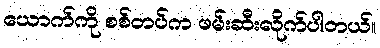
ယောက်ကို စစ်တပ်က ဖမ်းဆီးလိုက်ပါတယ်။